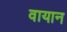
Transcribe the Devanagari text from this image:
वायान